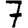
Digit: 7